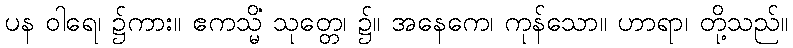
ပန ဝါရေ၊ ၌ကား။ ဧကသ္မိံ သုတ္တေ၊ ၌။ အနေကေ၊ ကုန်သော။ ဟာရာ၊ တို့သည်။